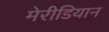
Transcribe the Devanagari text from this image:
मेरीडियान